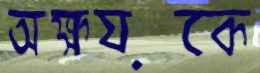
অক্ষয়কে